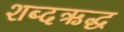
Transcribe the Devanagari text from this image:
शब्दऋद्ध